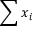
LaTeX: \sum x _ { i }